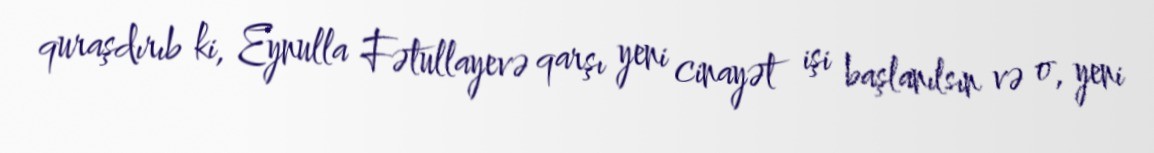
quraşdırıb ki, Eynulla Fətullayevə qarşı yeni cinayət işi başlanılsın və o, yeni